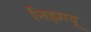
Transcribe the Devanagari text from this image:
निझावू